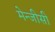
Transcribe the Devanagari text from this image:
मेन्जीसी